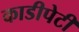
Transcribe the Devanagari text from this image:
काडीपेटी